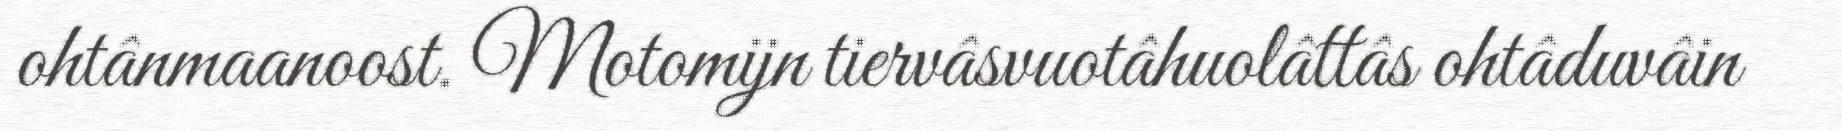
ohtânmaanoost. Motomijn tiervâsvuotâhuolâttâs ohtâduvâin